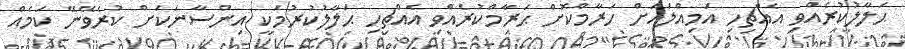
ޙަލާލުކުރެއްވި އެއްޗިހި އަމިއްލައަށް ހަރާމްކޮށް ޙަރާމްކުރެއްވި އެއްޗިހި ޙަލާލުކުރުމަކީ އިންސާނަކަށް ކުރެވޭނޭ ކަމެއް